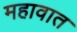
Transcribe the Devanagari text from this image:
महावात